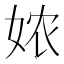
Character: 𭑸